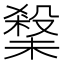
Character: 𭯀